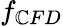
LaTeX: f_{\mathbb{C}FD}